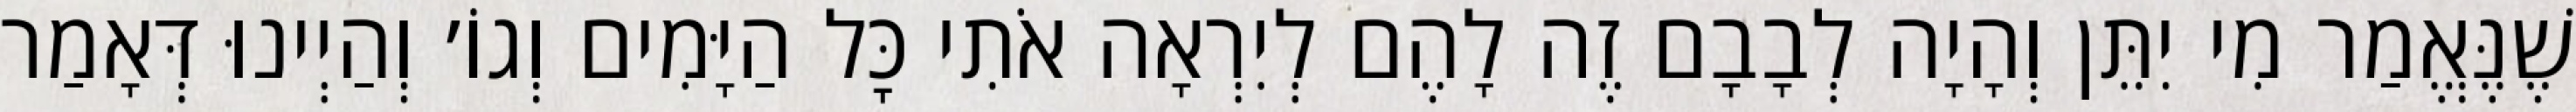
שֶׁנֶּאֱמַר מִי יִתֵּן וְהָיָה לְבָבָם זֶה לָהֶם לְיִרְאָה אֹתִי כׇּל הַיָּמִים וְגוֹ׳ וְהַיְינוּ דְּאָמַר